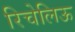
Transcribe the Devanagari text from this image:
रिचेलिऊ